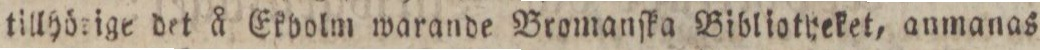
tillhörige det å Ekbolm warande Bromanſka Bibliatyeket, anmanas